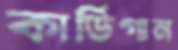
কার্ডিগান